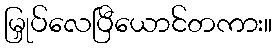
မြှုပ်လေပြီယောင်တကား။